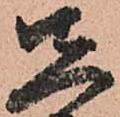
先